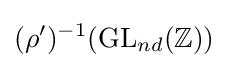
(\rho ')^{-1}(\mathrm {GL} _{nd}(\mathbb {Z} ))